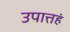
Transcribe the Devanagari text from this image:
उपात्तहं